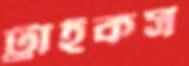
ট্রাইকস